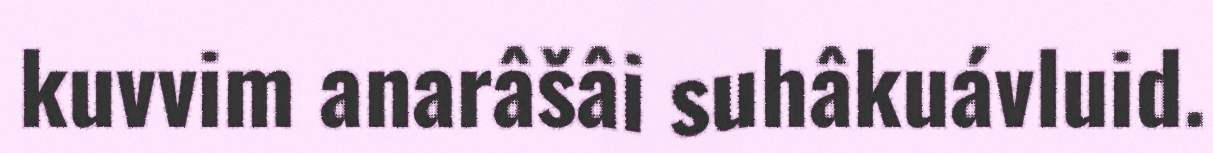
kuvvim anarâšâi suhâkuávluid.